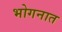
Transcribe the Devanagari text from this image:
भोगनात